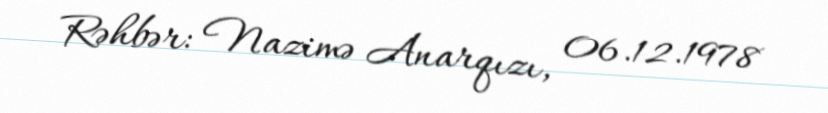
Rəhbər: Nazimə Anarqızı, 06.12.1978